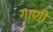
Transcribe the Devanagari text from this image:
गाणीं